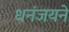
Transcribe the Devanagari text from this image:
धनंजयने